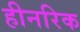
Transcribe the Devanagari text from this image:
हीनरिक